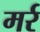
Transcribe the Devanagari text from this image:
मर्र